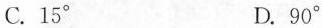
C.15° D.90°